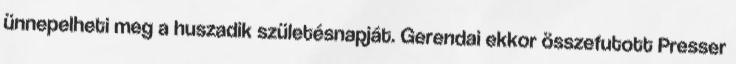
ünnepelheti meg a huszadik születésnapját. Gerendai ekkor összefutott Presser